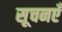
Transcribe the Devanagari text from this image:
सूचनएँ